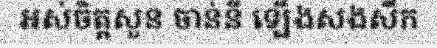
អស់ចិត្តសួន ចាន់នី ឡើងសងសឹក